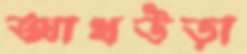
আখউড়া